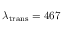
\lambda _ { \mathrm { t r a n s } } = 4 6 7